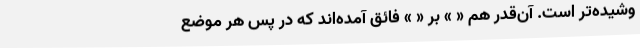
وشیده‌تر است. آن‌قدر هم « » بر « » فائق آمده‌اند که در پس هر موضع